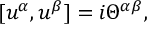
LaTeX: \lbrack u ^ { \alpha } , u ^ { \beta } ] = i \Theta ^ { \alpha \beta } ,